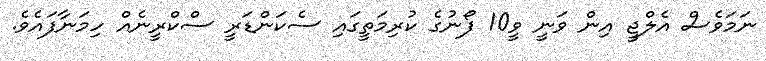
ނަމަވެސް އެލްޖީ އިން ވަނީ ވީ10 ފޯނުގެ ކުރިމަތީގައި ސެކަންޑަރީ ސްކްރީނެއް ހިމަނާފައެވެ.